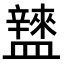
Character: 𥃌